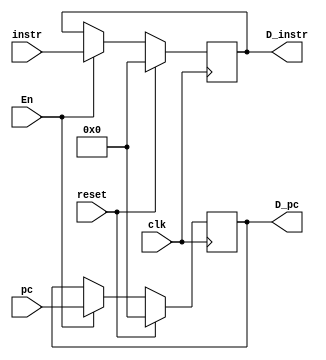
module D_reg (
    input [31:0] pc,
    output [31:0] D_pc,
    input [31:0] instr,
    output [31:0] D_instr, 
    input En,
    input clk,
	input reset
);
    reg [31:0] reg_D_pc ;
    reg [31:0] reg_D_instr ;
    always @(posedge clk) begin
		  if (reset == 1 ) begin
				reg_D_pc <= 0 ;
				reg_D_instr <= 0 ;
		  end		  
        else if (En == 1) begin
            reg_D_pc <= pc ;
            reg_D_instr <= instr ;
        end  
    end
    assign D_pc = reg_D_pc ;
    assign D_instr = reg_D_instr ;
endmodule //D_reg